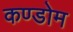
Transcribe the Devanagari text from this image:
कण्डोम